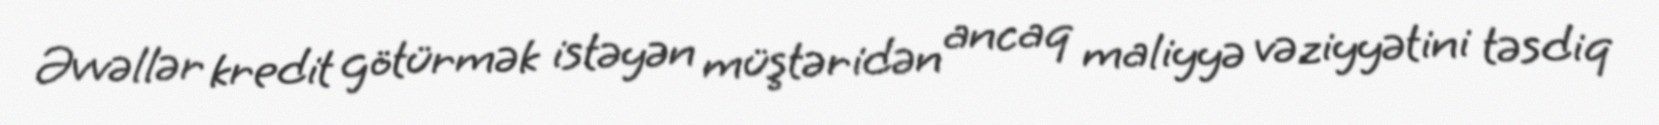
Əvvəllər kredit götürmək istəyən müştəridən ancaq maliyyə vəziyyətini təsdiq